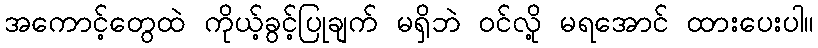
အကောင့်တွေထဲ ကိုယ့်ခွင့်ပြုချက် မရှိဘဲ ဝင်လို့ မရအောင် ထားပေးပါ။